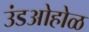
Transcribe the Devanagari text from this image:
उंडओहोळ